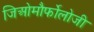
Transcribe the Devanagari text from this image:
जिओमौर्फोलोजी